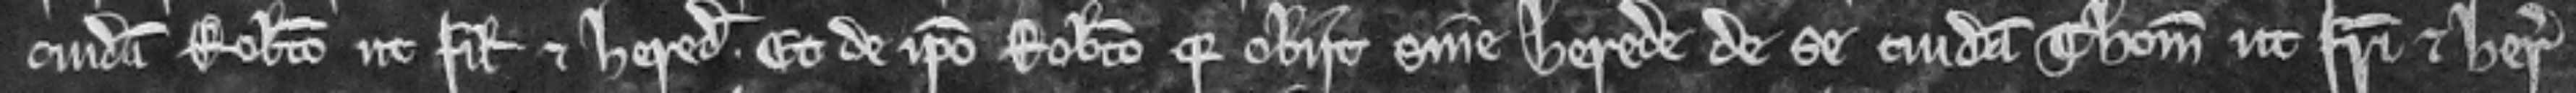
cuidam Roberto ut filio et heredi. Et de ipso Roberto quia obiit sine herede de se cuidam Thome ut fratri et heredi.